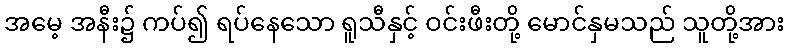
အမေ့ အနီး၌ ကပ်၍ ရပ်နေသော ရူသီနှင့် ဝင်းဖီးတို့ မောင်နှမသည် သူတို့အား